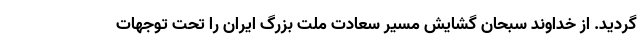
گردید. از خداوند سبحان گشایش مسیر سعادت ملت بزرگ ایران را تحت توجهات